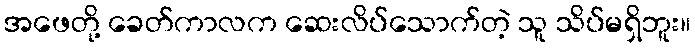
အဖေတို့ ခေတ်ကာလက ဆေးလိပ်သောက်တဲ့ သူ သိပ်မရှိဘူး။